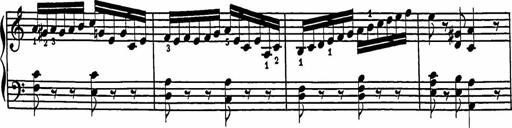
Title: 2 Sonatines
Composer: Richard Zeckwer